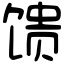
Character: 馈